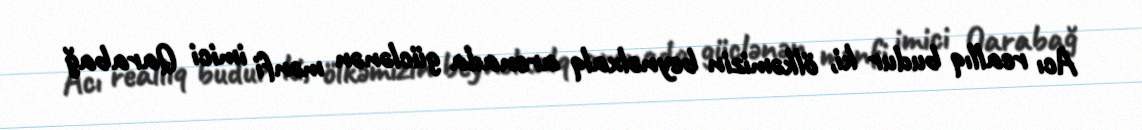
Acı reallıq budur ki, ölkəmizin beynəlxalq arenada güclənən mənfi imici Qarabağ